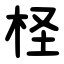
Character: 柽